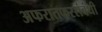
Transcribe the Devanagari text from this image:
अफरातफरसंबंधी